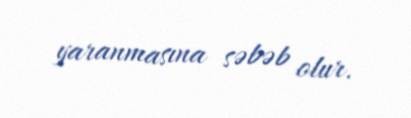
yaranmasına səbəb olur.